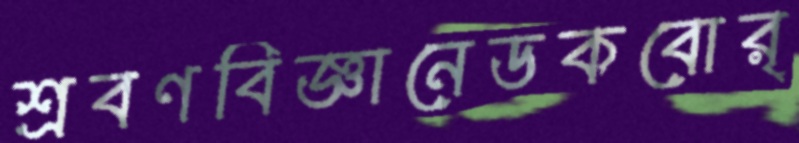
শ্রবণবিজ্ঞানেডকবোর্